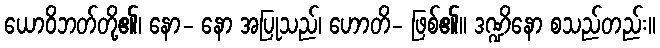
ယောဝိဘတ်တို့၏၊ နော- နော အပြုသည်၊ ဟောတိ- ဖြစ်၏။ ဒဏ္ဍိနော စသည်တည်း။